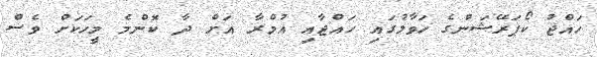
ހައްޖު ކޯޕަރޭޝަންގެ ހަވާލުގައި ހައްޖާއި އުމްރާ އަށް ދާ ކޮންމެ މީހަކަށް ވެސް